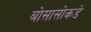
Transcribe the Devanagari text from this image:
बोसासोकडे